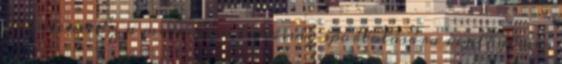
jelentene. Ez a medence a lakosság sportolására is alkalmas